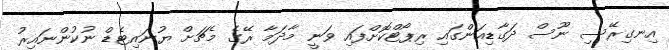
އިނގިރޭސި ނޫސް ދަގާޑިއަންގައި ރިޕޯޓްކޮށްފައި ވަނީ މާދަމާ ރޭގެ މެޗަށް ޔުނައިޓެޑް ނުކުންނައިރު